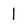
Character: 1